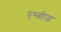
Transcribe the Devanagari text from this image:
एम्ब्रोज